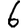
Digit: 6